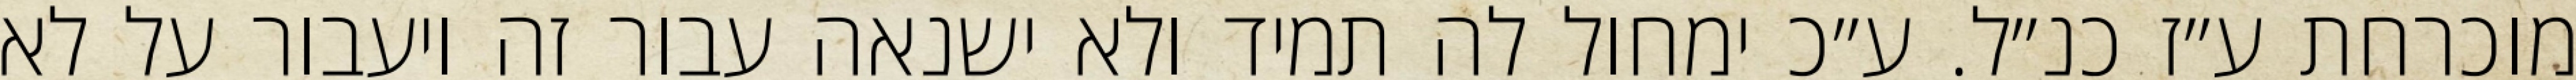
מוכרחת ע״ז כנ״ל. ע״כ ימחול לה תמיד ולא ישנאה עבור זה ויעבור על לא